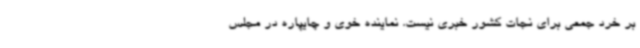
بر خرد جمعی برای نجات کشور خبری نیست. نماینده خوی و چایپاره در مجلس